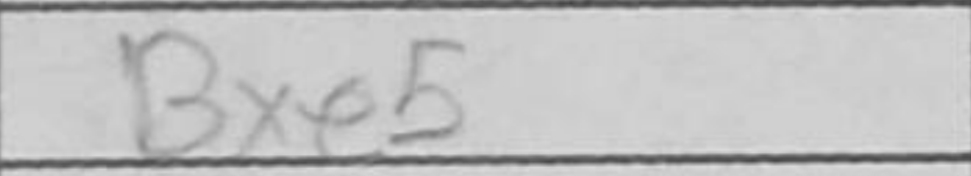
Transcription: Bxe5